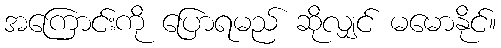
အကြောင်းကို ပြောရမည် ဆိုလျှင် မမောနိုင်။